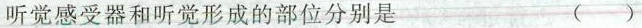
听觉感受器和听觉形成的部位分别是 ()